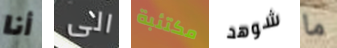
أنا الى مكتئبة شوهد ما